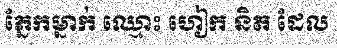
ភ្នែកម្នាក់ ឈ្មោះ ហៀក និត ដែល